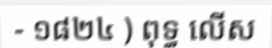
- ១៨២៤ ) ពុទ្ធ លើស